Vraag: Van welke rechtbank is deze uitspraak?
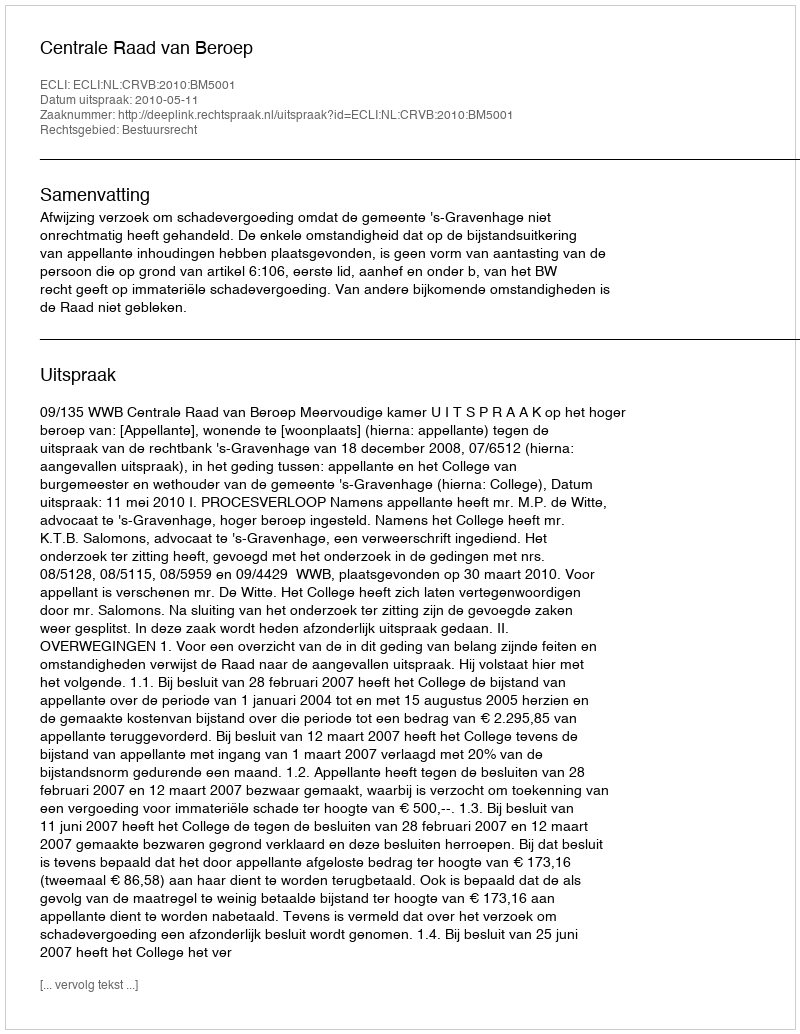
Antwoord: Centrale Raad van Beroep